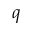
q